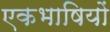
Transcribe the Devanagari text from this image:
एकभाषियों